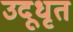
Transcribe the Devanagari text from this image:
उदूधृत